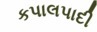
કપાલપાદી